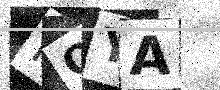
Text: MQYA